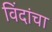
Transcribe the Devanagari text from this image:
विंदांचा